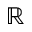
\mathbb R